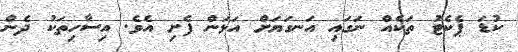
ކުޑަ ޕެކެޓު ތަކެއް ނަގައި އަނގަޔަށް އަޅަން ފެށި އެވެ. އިސާހިތަކު ދެން